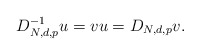
\begin{align*}D_{N,d,p}^{-1}u=vu=D_{N,d,p}v.\end{align*}